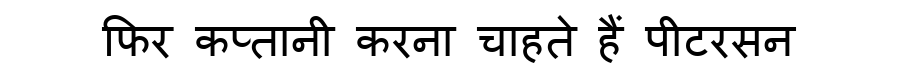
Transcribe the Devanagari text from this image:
फिर कप्तानी करना चाहते हैं पीटरसन